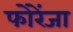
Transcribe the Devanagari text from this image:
फोरेंजा